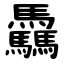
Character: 驫